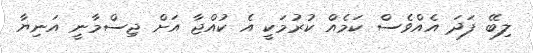
ލިބޭ ފަދަ އެއްވެސް ކަމެއް ކުރުމަކީ އެ ކުއްޖާ އަށް ޖިސްމާނީ އަނިޔާ